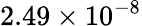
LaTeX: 2.49\times 10^{-8}